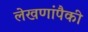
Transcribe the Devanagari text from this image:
लेखणांपैकी